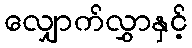
လျှောက်လွှာနှင့်